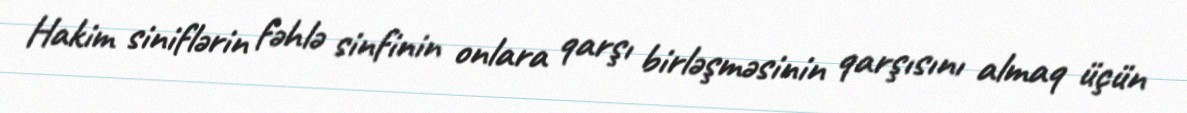
Hakim siniflərin fəhlə sinfinin onlara qarşı birləşməsinin qarşısını almaq üçün